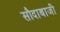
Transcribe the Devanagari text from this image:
सौदाबाजी